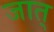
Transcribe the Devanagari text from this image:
जात्